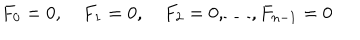
LaTeX: F _ { 0 } = 0 , \quad F _ { 1 } = 0 , \quad F _ { 2 } = 0 , \dots , F _ { n - 1 } = 0